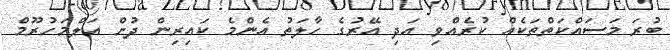
ބުރަ މަސައްކަތްތަކެއް ކުރެއްވި އަދި އޭރުގެ ހާލަތު އެންމެ ކައިރިިން ދުށް އަލްމަހުރޫމް